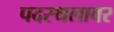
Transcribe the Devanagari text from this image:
पदस्थलावर